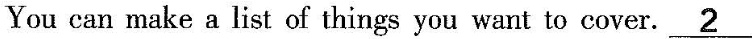
You can make a list of things you want to cover. \underline{2}